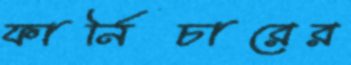
ফার্নিচারের